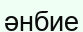
әнбие